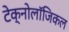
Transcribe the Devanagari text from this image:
टेक्नोलॉजिकल